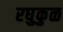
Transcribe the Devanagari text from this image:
रघुकुळ